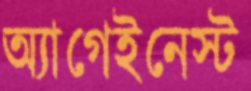
অ্যাগেইনেস্ট